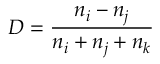
D = \frac { n _ { i } - n _ { j } } { n _ { i } + n _ { j } + n _ { k } }